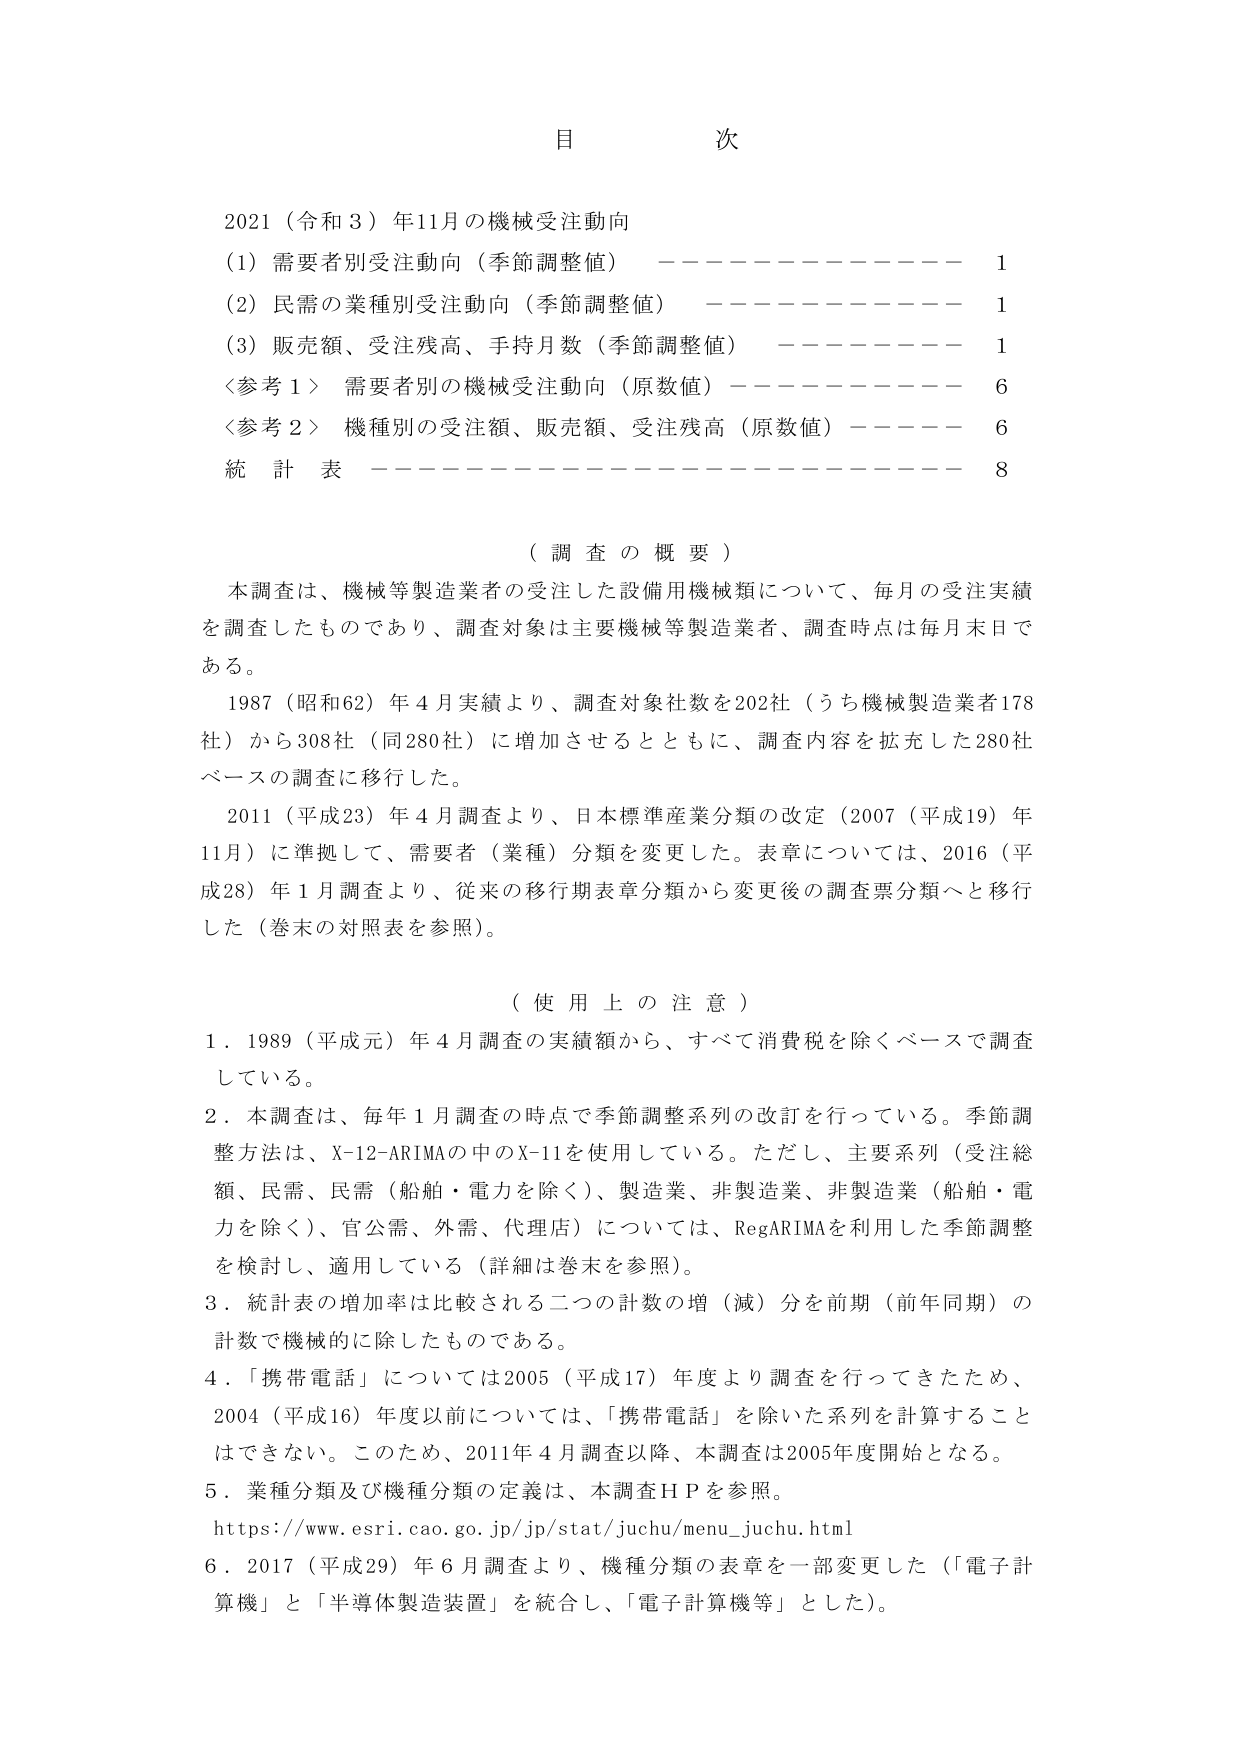
目 次

2021（令和3）年11月の機械受注動向
（1）需要者別受注動向（季節調整値） ———————— 1
（2）民需の業種別受注動向（季節調整値） ———————— 1
（3）販売額、受注残高、手持月数（季節調整値） ———————— 1
〈参考1〉 需要者別の機械受注動向（原数値） ———————— 6
〈参考2〉 機種別の受注額、販売額、受注残高（原数値） ———————— 6
統計表 ———————————————— 8

（調査の概要）
本調査は、機械等製造業者の受注した設備用機械類について、毎月の受注実績を調査したものであり、調査対象は主要機械等製造業者、調査時点は毎月末日である。
1987（昭和62）年4月実績より、調査対象社数を202社（うち機械製造業者178社）から308社（同280社）に増加させるとともに、調査内容を拡充した280社ベースの調査に移行した。
2011（平成23）年4月調査より、日本標準産業分類の改定（2007（平成19）年11月）に準拠して、需要者（業種）分類を変更した。表章については、2016（平成28）年1月調査より、従来の移行期表章分類から変更後の調査票分類へと移行した（巻末の対照表を参照）。

（使用上の注意）
1．1989（平成元）年4月調査の実績額から、すべて消費税を除くベースで調査している。
2．本調査は、毎年1月調査の時点で季節調整系列の改訂を行っている。季節調整方法は、X-12-ARIMAの中のX-11を使用している。ただし、主要系列（受注総額、民需、民需（船舶・電力を除く）、製造業、非製造業、非製造業（船舶・電力を除く）、官公需、外需、代理店）については、RegARIMAを利用した季節調整を検討し、適用している（詳細は巻末を参照）。
3．統計表の増加率は比較される二つの計数の増（減）分を前期（前年同期）の計数で機械的に除したものである。
4．「携帯電話」については2005（平成17）年度より調査を行ってきたため、2004（平成16）年度以前については、「携帯電話」を除いた系列を計算することはできない。このため、2011年4月調査以降、本調査は2005年度開始となる。
5．業種分類及び機種分類の定義は、本調査ＨＰを参照。
https://www.esri.cao.go.jp/jp/stat/juchu/menu_juchu.html
6．2017（平成29）年6月調査より、機種分類の表章を一部変更した（「電子計算機」と「半導体製造装置」を統合し、「電子計算機等」とした）。